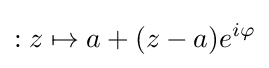
:z\mapsto a+(z-a)e^{i\varphi }